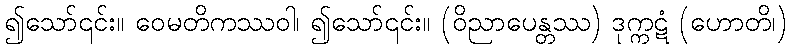
၍သော်၎င်း။ ဝေမတိကဿဝါ၊ ၍သော်၎င်း။ (ဝိညာပေန္တဿ) ဒုက္ကဋံ (ဟောတိ၊)